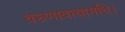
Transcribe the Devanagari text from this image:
वरुणावत्यामधि।